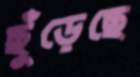
ছুঁড়েছে